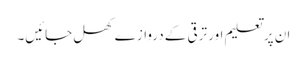
ان پر تعلیم اور ترقی کے دروازے کھل جائیں۔